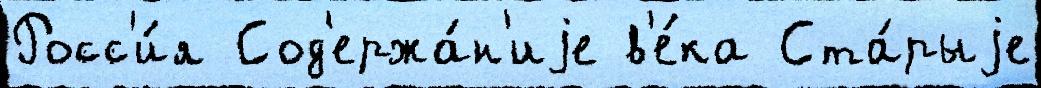
Росс'и́я Сод'ержа́н'иjе в'е́ка Ста́рыjе